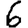
Digit: 6